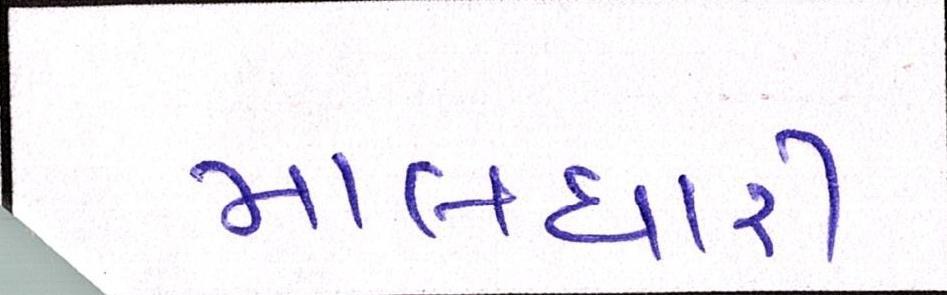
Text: માલધારી